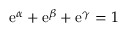
\mathrm { e } ^ { \alpha } + \mathrm { e } ^ { \beta } + \mathrm { e } ^ { \gamma } = 1